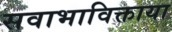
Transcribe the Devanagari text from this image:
सवाभाविक्ताया